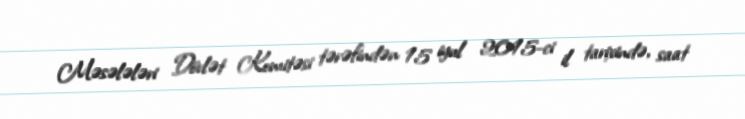
Məsələləri Dövlət Komitəsi tərəfindən 15 iyul 2015-ci il tarixində, saat